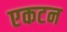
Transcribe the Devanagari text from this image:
एकटन